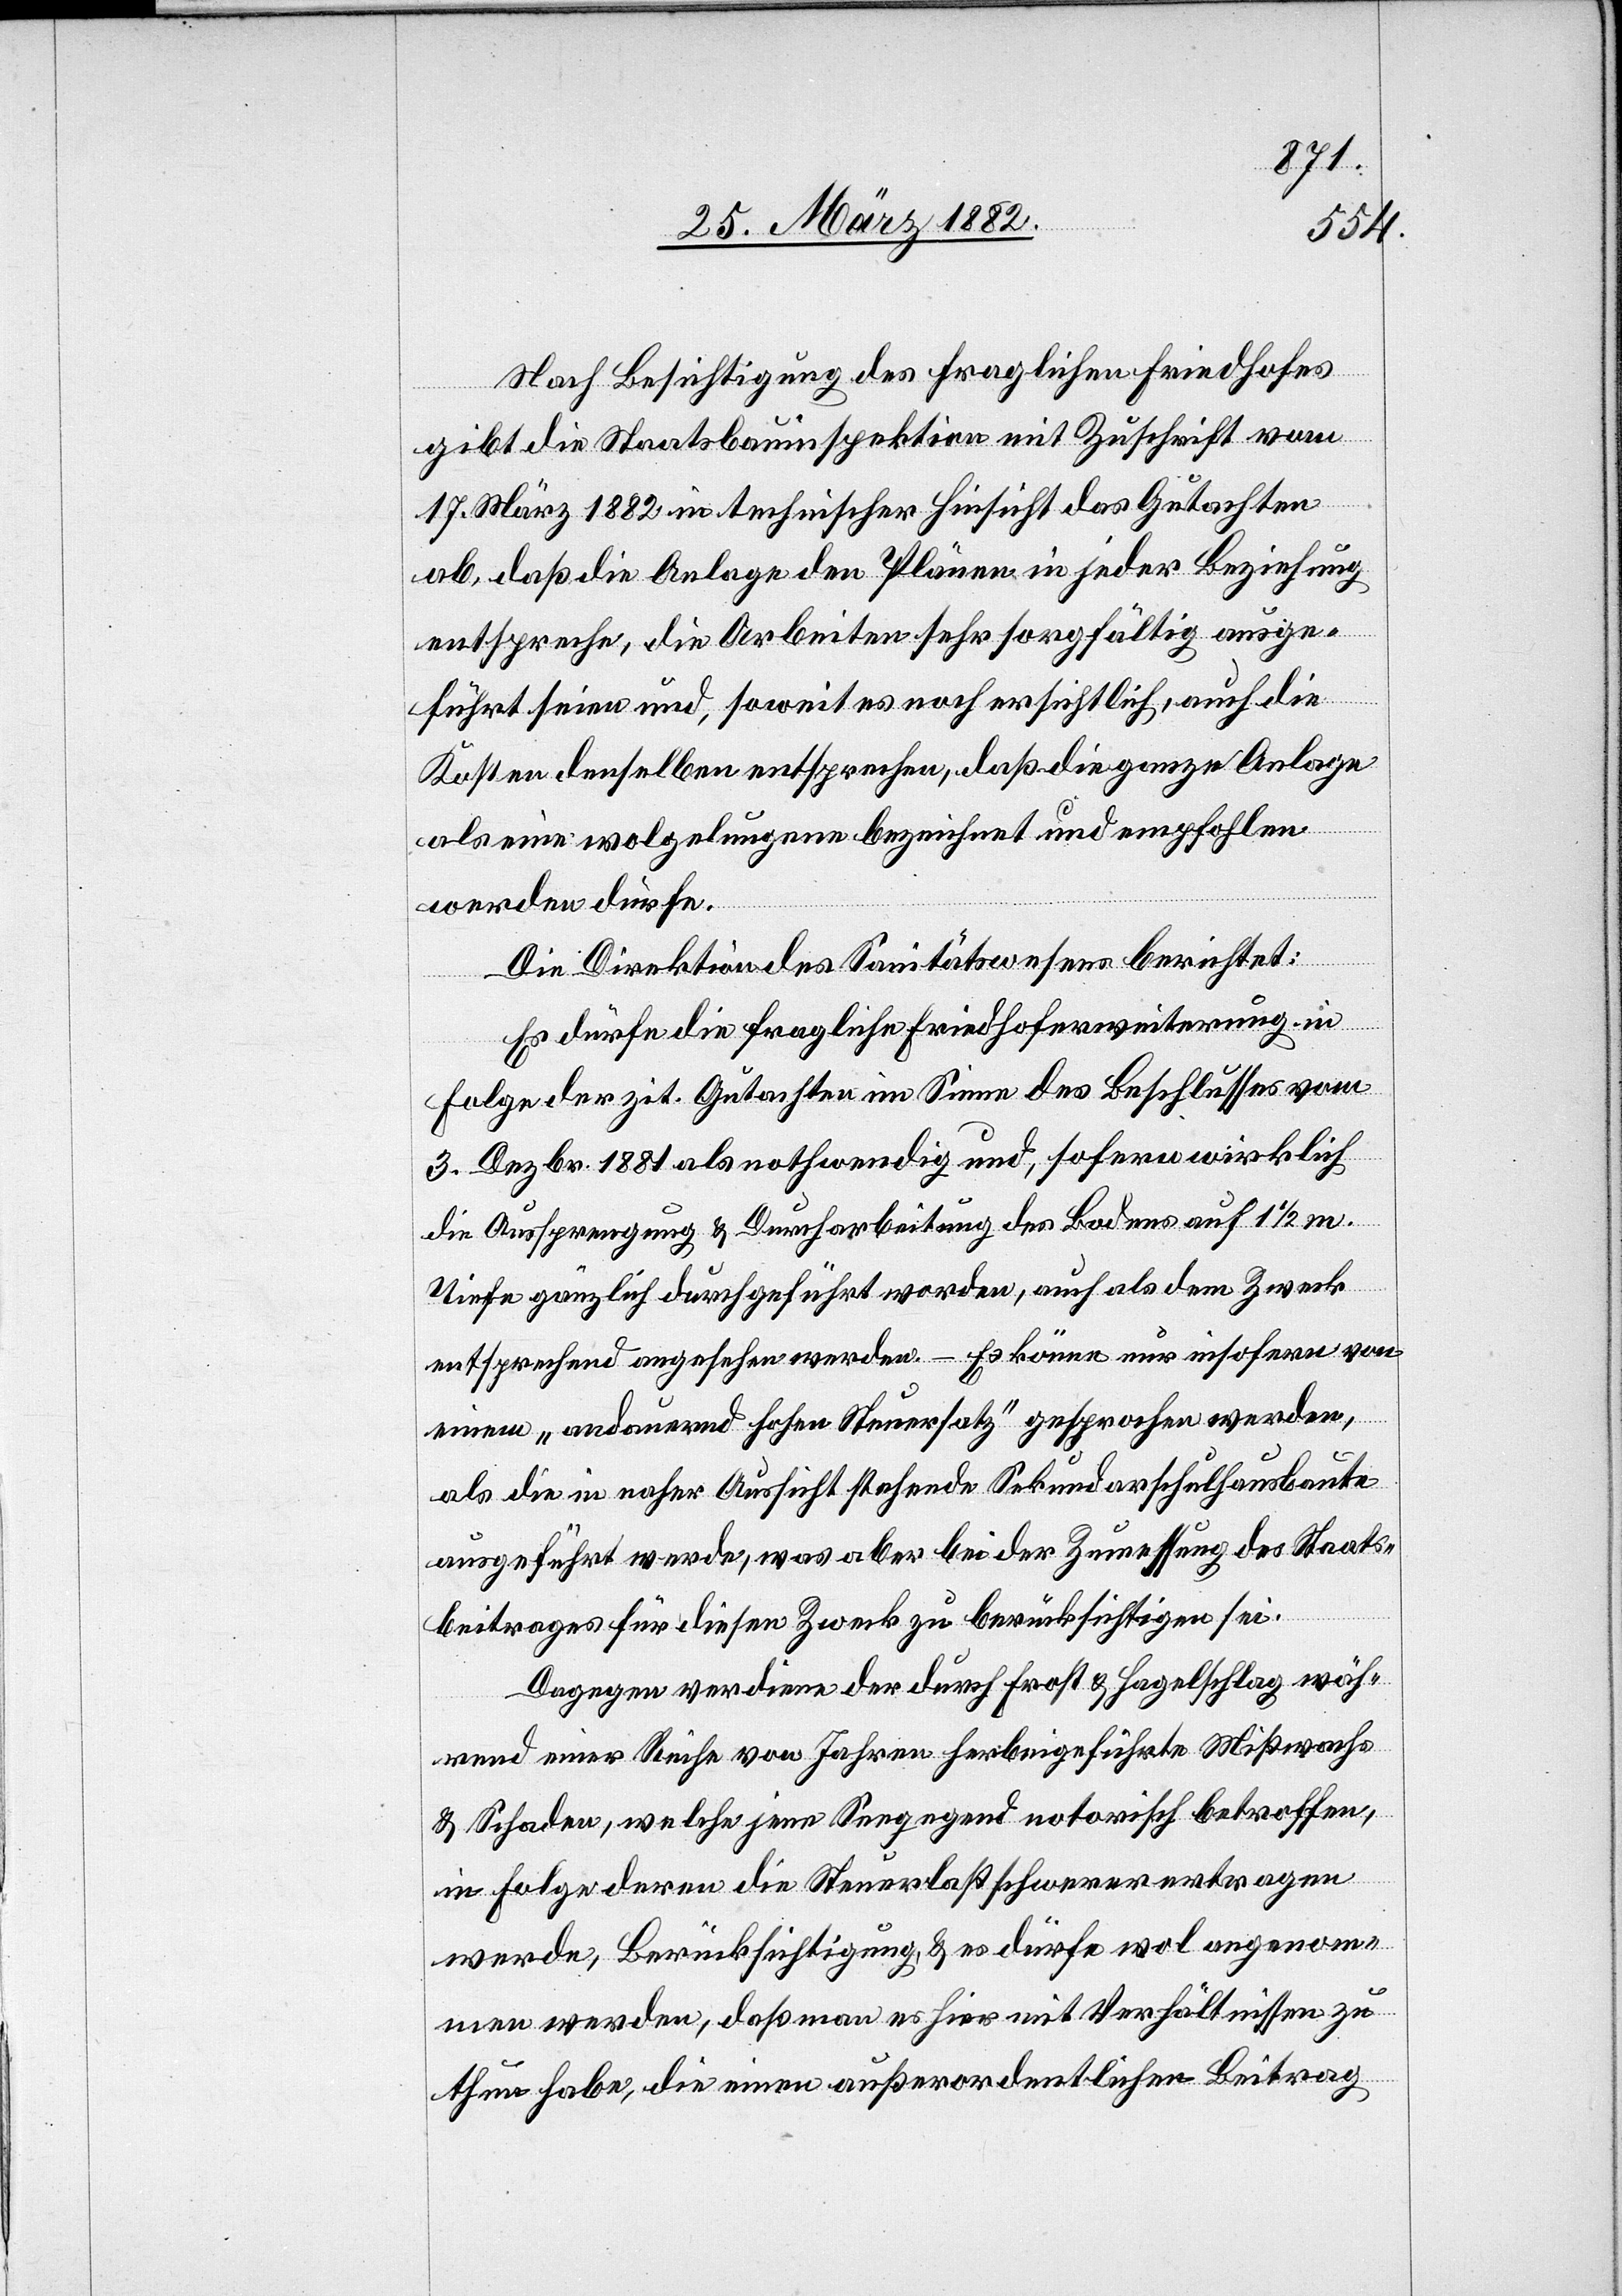
Nach Besichtigung des fraglichen Friedhofes
gibt die Staatsbauinspektion mit Zuschrift vom
17. März 1882 in technischer Hinsicht das Gutachten
ab, daß die Anlage den Plänen in jeder Beziehung
entspreche, die Arbeiten sehr sorgfältig ausge¬
führt seien und, soweit es noch ersichtlich, auch die
Kosten denselben entsprechen, daß die ganze Anlage
als eine wolgelungene bezeichnet und empfohlen
werden dürfe.
Die Direktion des Sanitätswesens berichtet:
Es dürfe die fragliche Friedhoferweiterung in
Folge der zit. Gutachten im Sinne des Beschlusses vom
3. Dezbr. 1881 als nothwendig und, sofern wirklich
die Aussprengung & Durcharbeitung des Bodens auf 1
Tiefe gänzlich durchgeführt worden, auch als dem Zweck
entsprechend angesehen werden. – Es könne nur insofern von
einem „andauernd hohen Steuersatz“ gesprochen werden,
als die in naher Aussicht stehende Sekundarschulhausbaute
ausgeführt werde, was aber bei der Zumessung des Staats¬
beitrages für diesen Zweck zu berücksichtigen sei.
Dagegen verdiene der durch Frost & Hagelschlag wäh¬
rend einer Reihe von Jahren herbeigeführte Mißwachs
& Schaden, welche jene Seegegend notorisch betroffen,
in Folge deren die Steuerlast schwerer ertragen
werde, Berücksichtigung, & es dürfe wol angenom¬
men werden, daß man es hier mit Verhältnissen zu
thun habe, die einen außerordentlichen Beitrag